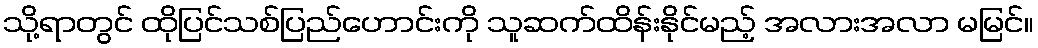
သို့ရာတွင် ထိုပြင်သစ်ပြည်ဟောင်းကို သူဆက်ထိန်းနိုင်မည့် အလားအလာ မမြင်။